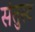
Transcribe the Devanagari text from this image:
संतुस्ट